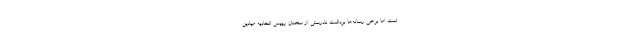
است اما برخی رسانه‌ها برداشت نادرستی از سخنان رییس اتحادیه میادین